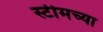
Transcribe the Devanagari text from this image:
स्टीमच्या